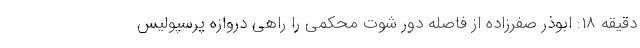
دقیقه 18: ابوذر صفرزاده از فاصله دور شوت محکمی را راهی دروازه پرسپولیس